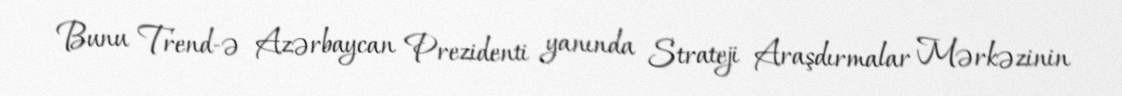
Bunu Trend-ə Azərbaycan Prezidenti yanında Strateji Araşdırmalar Mərkəzinin